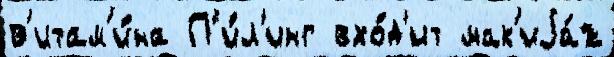
в'итам'и́на П'и́л'инг вхо́д'ит мак'иjа́ж